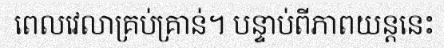
ពេលវេលាគ្រប់គ្រាន់។ បន្ទាប់ពីភាពយន្តនេះ